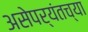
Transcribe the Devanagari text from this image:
असेपर्यंतच्या